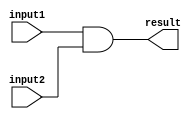
module ANDGate
(
	input wire input1,
	input wire input2,
	output reg result
);

	always @(*)
		begin
			result <= input1 & input2;
		end

endmodule